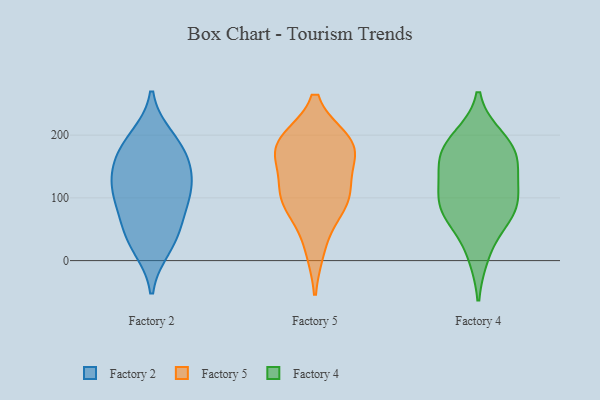
{"axis": {"x": "Operating Costs (USD K)", "y": "Value"}, "legend": ["Factory 2", "Factory 4", "Factory 5"], "data": [{"x": "", "y": 116, "type": "Factory 2"}, {"x": "", "y": 151, "type": "Factory 2"}, {"x": "", "y": 137, "type": "Factory 2"}, {"x": "", "y": 50, "type": "Factory 2"}, {"x": "", "y": 80, "type": "Factory 2"}, {"x": "", "y": 182, "type": "Factory 2"}, {"x": "", "y": 22, "type": "Factory 2"}, {"x": "", "y": 35, "type": "Factory 2"}, {"x": "", "y": 101, "type": "Factory 2"}, {"x": "", "y": 113, "type": "Factory 2"}, {"x": "", "y": 195, "type": "Factory 2"}, {"x": "", "y": 173, "type": "Factory 2"}, {"x": "", "y": 185, "type": "Factory 5"}, {"x": "", "y": 93, "type": "Factory 5"}, {"x": "", "y": 21, "type": "Factory 5"}, {"x": "", "y": 174, "type": "Factory 5"}, {"x": "", "y": 96, "type": "Factory 5"}, {"x": "", "y": 101, "type": "Factory 5"}, {"x": "", "y": 185, "type": "Factory 5"}, {"x": "", "y": 107, "type": "Factory 5"}, {"x": "", "y": 169, "type": "Factory 5"}, {"x": "", "y": 189, "type": "Factory 5"}, {"x": "", "y": 194, "type": "Factory 4"}, {"x": "", "y": 174, "type": "Factory 4"}, {"x": "", "y": 11, "type": "Factory 4"}, {"x": "", "y": 77, "type": "Factory 4"}, {"x": "", "y": 76, "type": "Factory 4"}, {"x": "", "y": 91, "type": "Factory 4"}, {"x": "", "y": 82, "type": "Factory 4"}, {"x": "", "y": 164, "type": "Factory 4"}, {"x": "", "y": 139, "type": "Factory 4"}, {"x": "", "y": 180, "type": "Factory 4"}, {"x": "", "y": 123, "type": "Factory 4"}]}